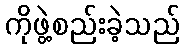
ကိုဖွဲ့စည်းခဲ့သည်